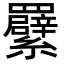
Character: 𦍁